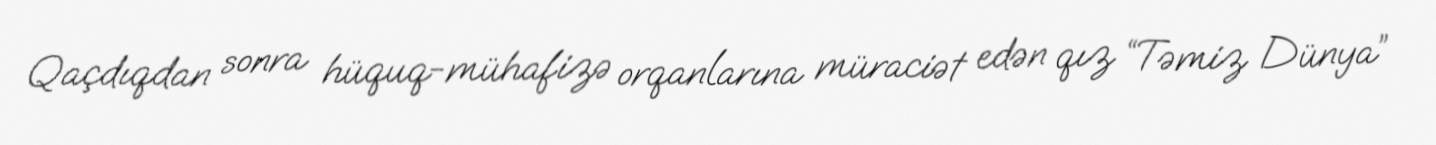
Qaçdıqdan sonra hüquq-mühafizə orqanlarına müraciət edən qız “Təmiz Dünya”